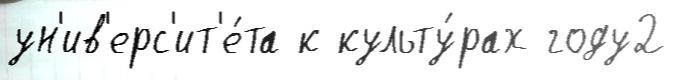
ун'ив'ерс'ит'е́та к культу́рах году2